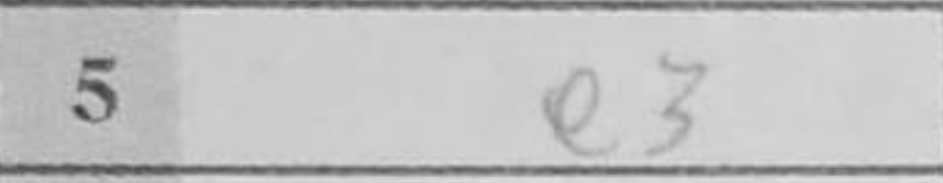
Transcription: e3